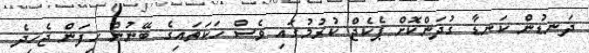
ދަނޑުން ކަނޑާ ގުދަންކޮށް ޕެކެޖް ކުރުމުގައި ވެސް ހަކަތައިގެ ބޭނުން ހިފަން ޖެހިދެ